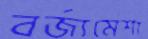
বর্জ্যমেশা